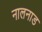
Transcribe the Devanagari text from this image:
नालनाड